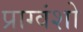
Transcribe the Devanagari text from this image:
प्राग्वंशो